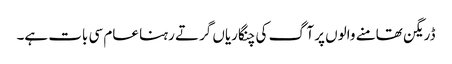
ڈریگن تھامنے والوں پر آگ کی چنگاریاں گرتے رہنا عام سی بات ہے۔